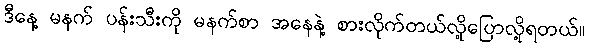
ဒီနေ့ မနက် ပန်းသီးကို မနက်စာ အနေနဲ့ စားလိုက်တယ်လို့ပြောလို့ရတယ်။